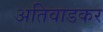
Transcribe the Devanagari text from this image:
अतिवाडकर